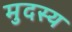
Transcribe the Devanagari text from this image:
मुदस्य